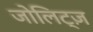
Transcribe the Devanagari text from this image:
जोलिट्ज़